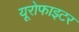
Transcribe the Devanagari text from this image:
यूरोफाइटर